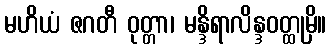
မဟိယံ ဇဂတီ ဝုတ္တာ၊ မန္ဒိရာလိန္ဒဝတ္ထုမှိ။